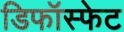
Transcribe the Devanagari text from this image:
डिफॉस्फेट